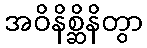
အဝိနိစ္ဆိနိတွာ